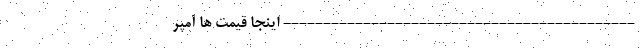
-------------------------------------------- اینجا قیمت ‌ها آمپر